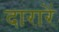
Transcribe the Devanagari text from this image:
दारारें